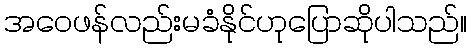
အဝေဖန်လည်းမခံနိုင်ဟုပြောဆိုပါသည်။